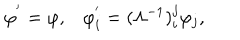
\varphi ^ { ' } = \varphi , \varphi _ { i } ^ { ' } = ( \Lambda ^ { - 1 } ) _ { i } ^ { j } \varphi _ { j } ,